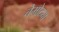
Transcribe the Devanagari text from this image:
चेमोठ्या